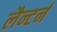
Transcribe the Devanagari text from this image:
लैन्टर्न